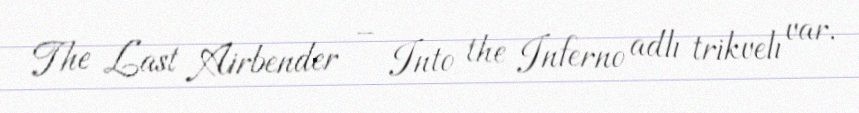
The Last Airbender – Into the Inferno adlı trikvelı var.